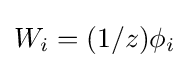
W_{i}=(1/z)\phi _{i}